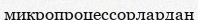
микропроцессорлардан